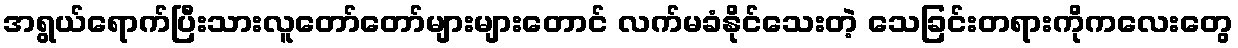
အရွယ်ရောက်ပြီးသားလူတော်တော်များများတောင် လက်မခံနိုင်သေးတဲ့ သေခြင်းတရားကိုကလေးတွေ